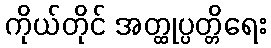
ကိုယ်တိုင် အတ္ထုပ္ပတ္တိရေး